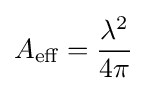
A_{\text{eff}}={\lambda ^{2} \over 4\pi }